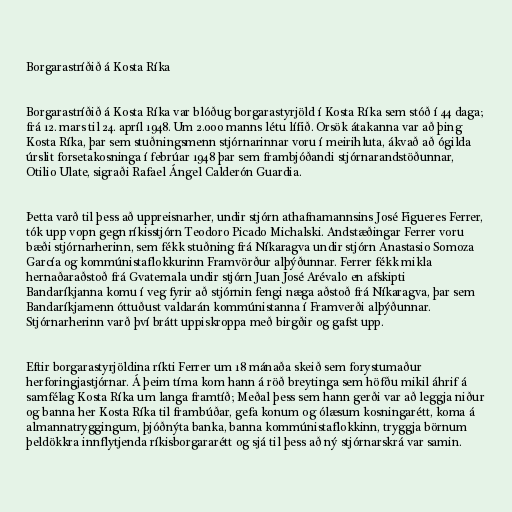
Borgarastríðið á Kosta Ríka

Borgarastríðið á Kosta Ríka var blóðug borgarastyrjöld í Kosta Ríka sem stóð í 44 daga;
frá 12. mars til 24. apríl 1948. Um 2.000 manns létu lífið. Orsök átakanna var að þing
Kosta Ríka, þar sem stuðningsmenn stjórnarinnar voru í meirihluta, ákvað að ógilda
úrslit forsetakosninga í febrúar 1948 þar sem frambjóðandi stjórnarandstöðunnar,
Otilio Ulate, sigraði Rafael Ángel Calderón Guardia.

Þetta varð til þess að uppreisnarher, undir stjórn athafnamannsins José Figueres Ferrer,
tók upp vopn gegn ríkisstjórn Teodoro Picado Michalski. Andstæðingar Ferrer voru
bæði stjórnarherinn, sem fékk stuðning frá Níkaragva undir stjórn Anastasio Somoza
García og kommúnistaflokkurinn Framvörður alþýðunnar. Ferrer fékk mikla
hernaðaraðstoð frá Gvatemala undir stjórn Juan José Arévalo en afskipti
Bandaríkjanna komu í veg fyrir að stjórnin fengi næga aðstoð frá Níkaragva, þar sem
Bandaríkjamenn óttuðust valdarán kommúnistanna í Framverði alþýðunnar.
Stjórnarherinn varð því brátt uppiskroppa með birgðir og gafst upp.

Eftir borgarastyrjöldina ríkti Ferrer um 18 mánaða skeið sem forystumaður
herforingjastjórnar. Á þeim tíma kom hann á röð breytinga sem höfðu mikil áhrif á
samfélag Kosta Ríka um langa framtíð; Meðal þess sem hann gerði var að leggja niður
og banna her Kosta Ríka til frambúðar, gefa konum og ólæsum kosningarétt, koma á
almannatryggingum, þjóðnýta banka, banna kommúnistaflokkinn, tryggja börnum
þeldökkra innflytjenda ríkisborgararétt og sjá til þess að ný stjórnarskrá var samin.